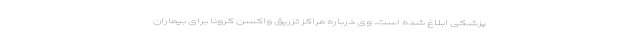
پزشکی ابلاغ شده است. وی درباره مراکز تزریق واکسن کرونا برای بیماران